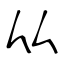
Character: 厸